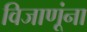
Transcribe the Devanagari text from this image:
विजाणूंना